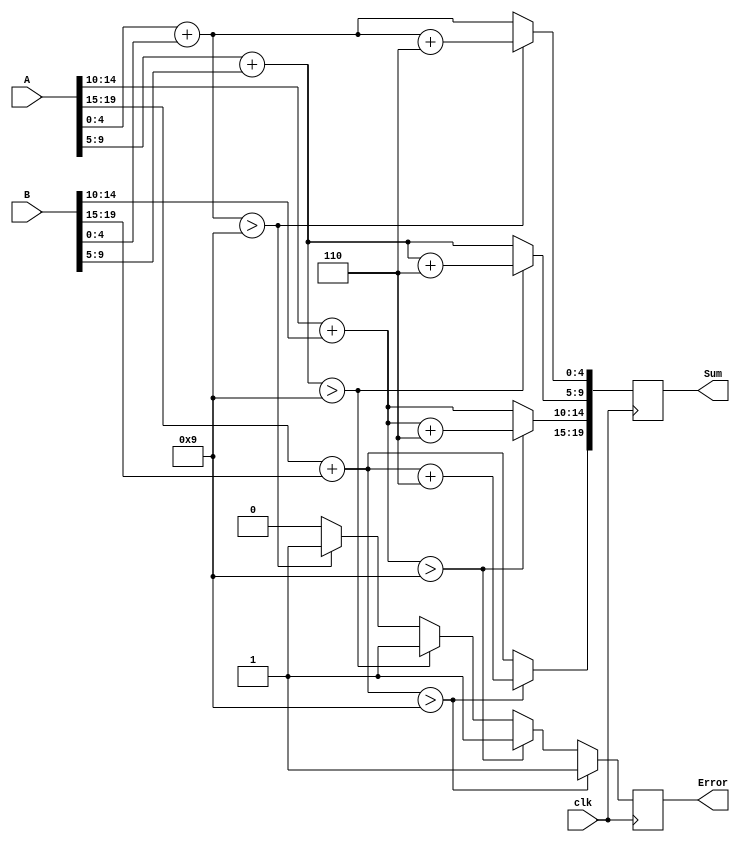
module BCD_Redundant_Binary_Adder (
    input wire clk,                     // Clock signal
    input wire [19:0] A,               // 2 BCD digits in redundant binary (5 bits each, 4 digits total)
    input wire [19:0] B,               // 2 BCD digits in redundant binary (5 bits each, 4 digits total)
    output reg [19:0] Sum,             // Output BCD result in redundant binary
    output reg Error                   // Error flag
);

    reg [4:0] temp_sum [0:3];          // Temporary sum for each BCD digit
    reg [4:0] corrected_sum [0:3];      // Corrected sum after BCD adjustment
    integer i;

    always @(posedge clk) begin
        // Initialize error flag
        Error <= 0;

        // Perform redundant binary addition for each BCD digit
        for (i = 0; i < 4; i = i + 1) begin
            temp_sum[i] = A[i*5 +: 5] + B[i*5 +: 5];  // Add corresponding redundant binary digits
            
            // Check for correction condition (sum > 9)
            if (temp_sum[i] > 9) begin
                corrected_sum[i] = temp_sum[i] + 5'b0110; // Add 6 (0110) for BCD correction
                Error <= 1; // Set error flag if correction is applied
            end else begin
                corrected_sum[i] = temp_sum[i]; // No correction needed
            end
        end

        // Assign corrected sums to output
        for (i = 0; i < 4; i = i + 1) begin
            Sum[i*5 +: 5] <= corrected_sum[i]; // Assign corrected sums to output
        end
    end

endmodule